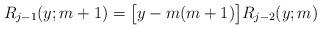
LaTeX: \begin{align*} R_{j-1}(y;m+1)=\big[y-m(m+1)\big]R_{j-2}(y;m) \end{align*}